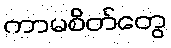
ကာမစိတ်တွေ